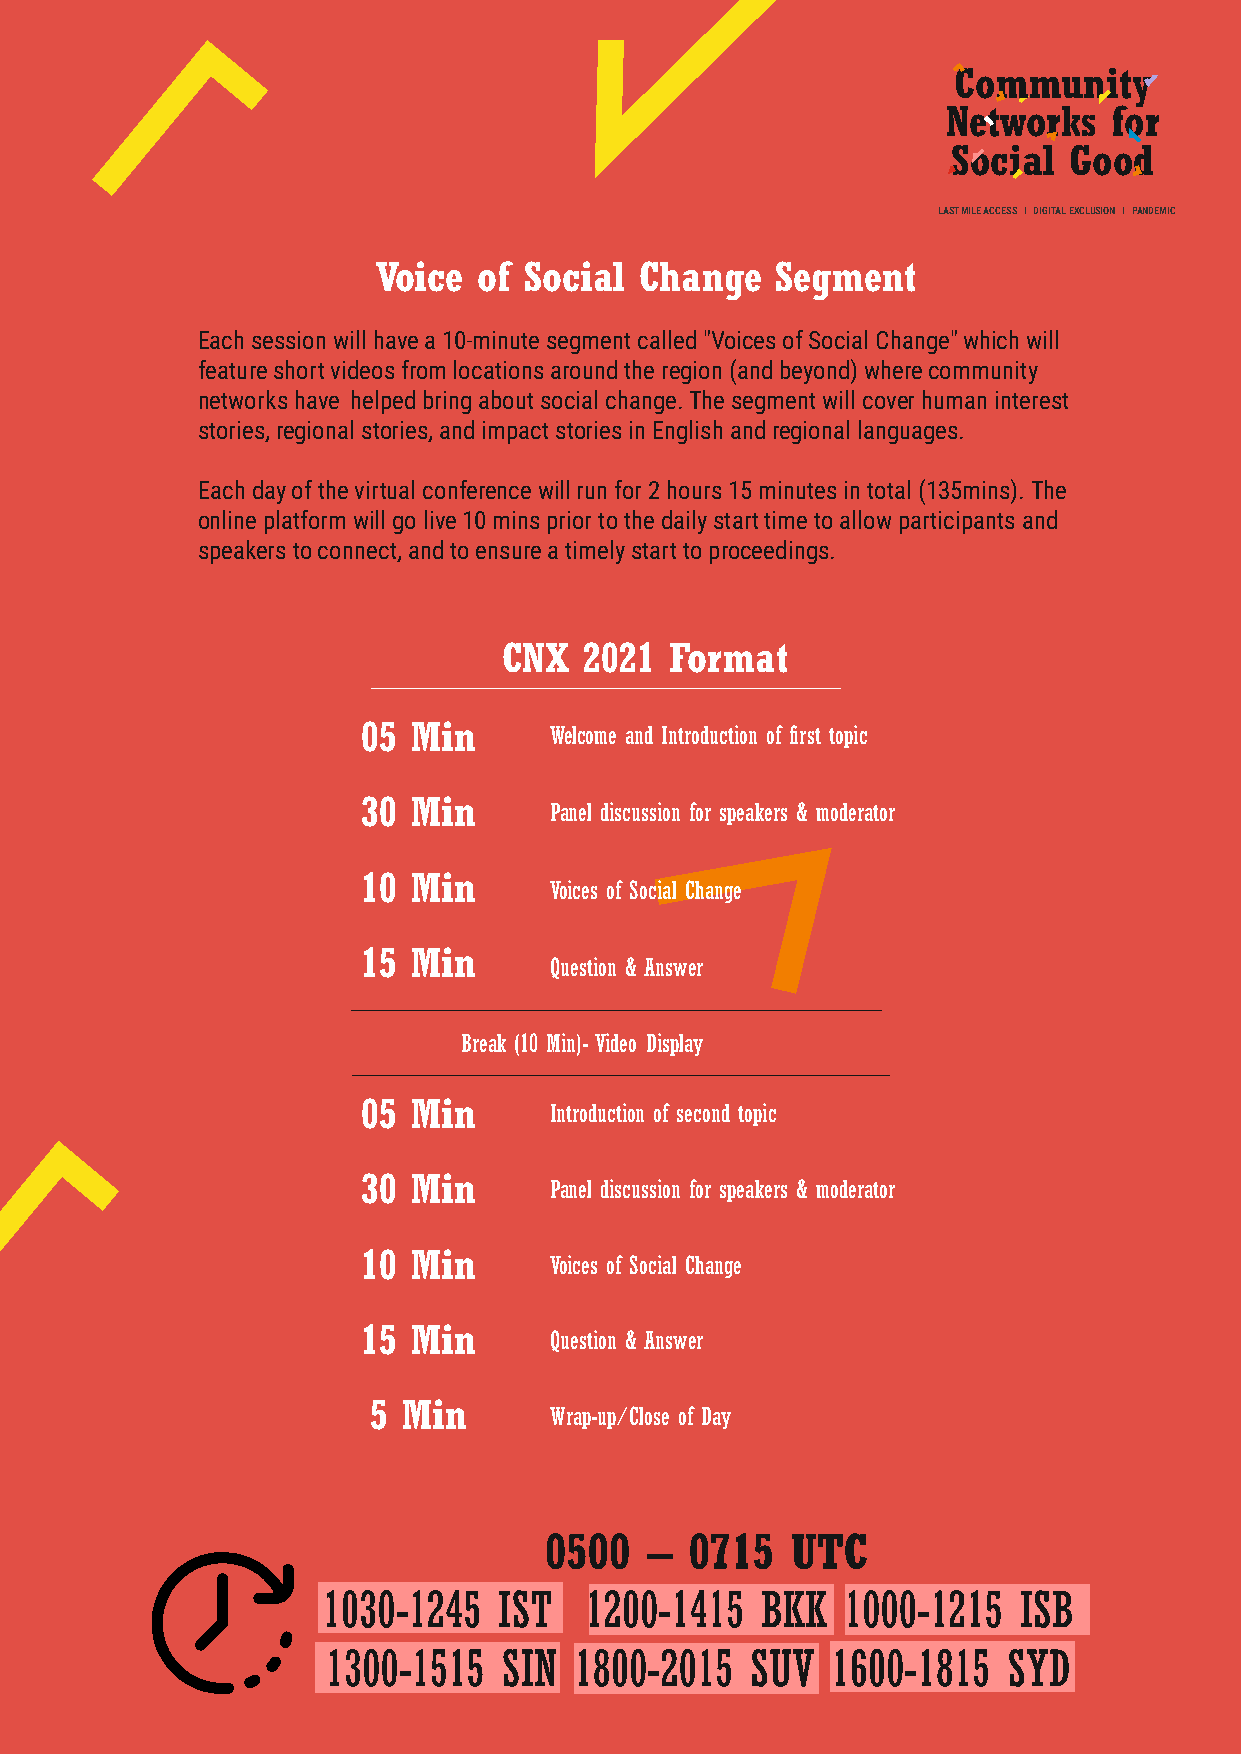
Community
 Networks   for
 Social  Good
 LAST MILE ACCESS I DIGITAL EXCLUSION I PANDEMIC
 Voice  of Social Change   Segment
 Each session will have a 10-minute segment called "Voices of Social Change" which will
 feature short videos from locations around the region (and beyond) where community
 networks have helped bring about social change. The segment will cover human interest
 stories, regional stories, and impact stories in English and regional languages.
 Each day of the virtual conference will run for 2 hours 15 minutes in total (135mins). The
 online platform will go live 10 mins prior to the daily start time to allow participants and
 speakers to connect, and to ensure a timely start to proceedings.
 CNX   2021 Format
 05 Min      Welcome and Introduction of first topic
 30 Min
 Panel discussion for speakers & moderator
 10 Min
 Voices of Social Change
 15 Min
 Question & Answer
 Break (10 Min)- Video Display
 05 Min
 Introduction of second topic
 30 Min
 Panel discussion for speakers & moderator
 10 Min
 Voices of Social Change
 15 Min
 Question & Answer
 5 Min
 Wrap-up/Close of Day
 0500   –  0715  UTC
 1030-1245   IST   1200-1415  BKK   1000-1215  ISB
 1300-1515  SIN  1800-2015   SUV  1600-1815   SYD